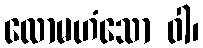
လောမဟံသော ဝါ၊